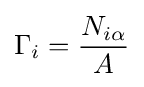
\Gamma _{i}={\frac {N_{i\alpha }}{A}}